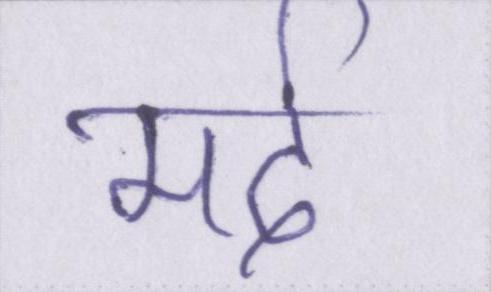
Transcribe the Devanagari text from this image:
मर्द